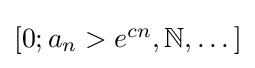
{\textstyle [0;a_{n}>e^{cn},\mathbb {N} ,\dots ]}